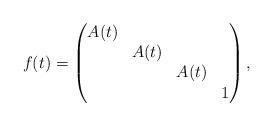
LaTeX: \begin{align*}f(t) =\left(\begin{matrix}A(t) & & & \\ & A(t) & & \\ & & A(t) & \\ & & & 1\end{matrix}\right),\end{align*}